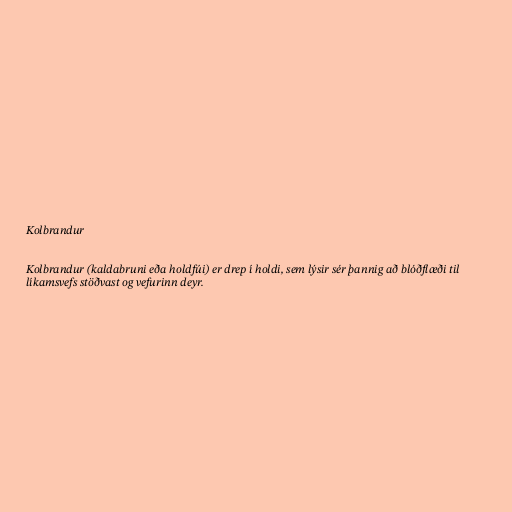
Kolbrandur

Kolbrandur (kaldabruni eða holdfúi) er drep í holdi, sem lýsir sér þannig að blóðflæði til
líkamsvefs stöðvast og vefurinn deyr.